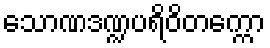
သောဏဒဏ္ဍပရိဝိတက္ကော